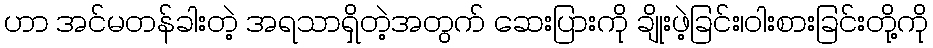
ဟာ အင်မတန်ခါးတဲ့ အရသာရှိတဲ့အတွက် ဆေးပြားကို ချိုးဖဲ့ခြင်း၊ဝါးစားခြင်းတို့ကို